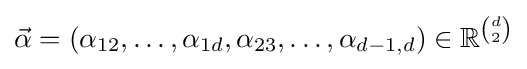
{\vec {\alpha }}=(\alpha _{12},\dotsc ,\alpha _{1d},\alpha _{23},\dotsc ,\alpha _{d-1,d})\in \mathbb {R} ^{\binom {d}{2}}